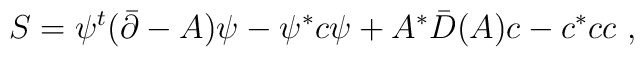
S= \psi^t (\bar \partial-A)\psi -\psi ^* c\psi + A^*\bar D(A)c -c^* c c\ ,